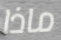
ماذا